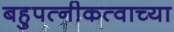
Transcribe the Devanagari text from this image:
बहुपत्नीकत्वाच्या